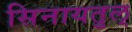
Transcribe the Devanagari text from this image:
सिनायतुल्